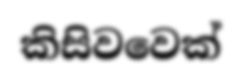
කිසිවවෙක්